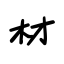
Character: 材